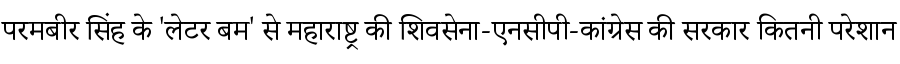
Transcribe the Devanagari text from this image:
परमबीर सिंह के 'लेटर बम' से महाराष्ट्र की शिवसेना-एनसीपी-कांग्रेस की सरकार कितनी परेशान